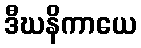
ဒီဃနိကာယေ